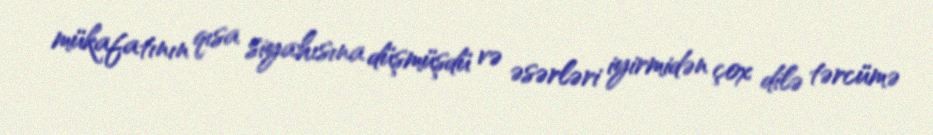
mükafatının qısa siyahısına düşmüşdü və əsərləri iyirmidən çox dilə tərcümə